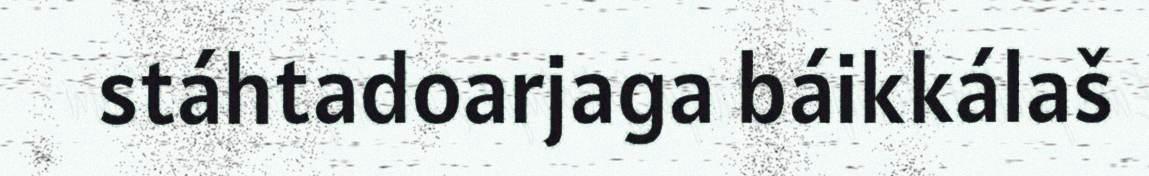
stáhtadoarjaga báikkálaš